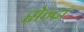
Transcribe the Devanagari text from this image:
सेन्द्राः